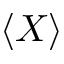
\langle X \rangle